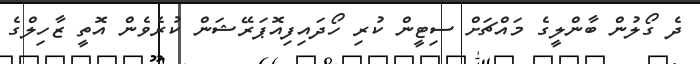
ދެ ގޯލުން ބާންލީގެ މައްޗަށް ސިޓީން ކުރި ހޯދައިފިއޮޕަރޭޝަން ކުރެވެން އޮތީ ޒާހިލްގެ